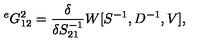
{ } ^ { e } G _ { 1 2 } ^ { 2 } = \frac { \delta } { \delta S _ { 2 1 } ^ { - 1 } } W [ S ^ { - 1 } , D ^ { - 1 } , V ] ,